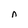
Character: n